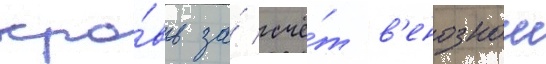
кро́вь за́ счё́т в'енознои